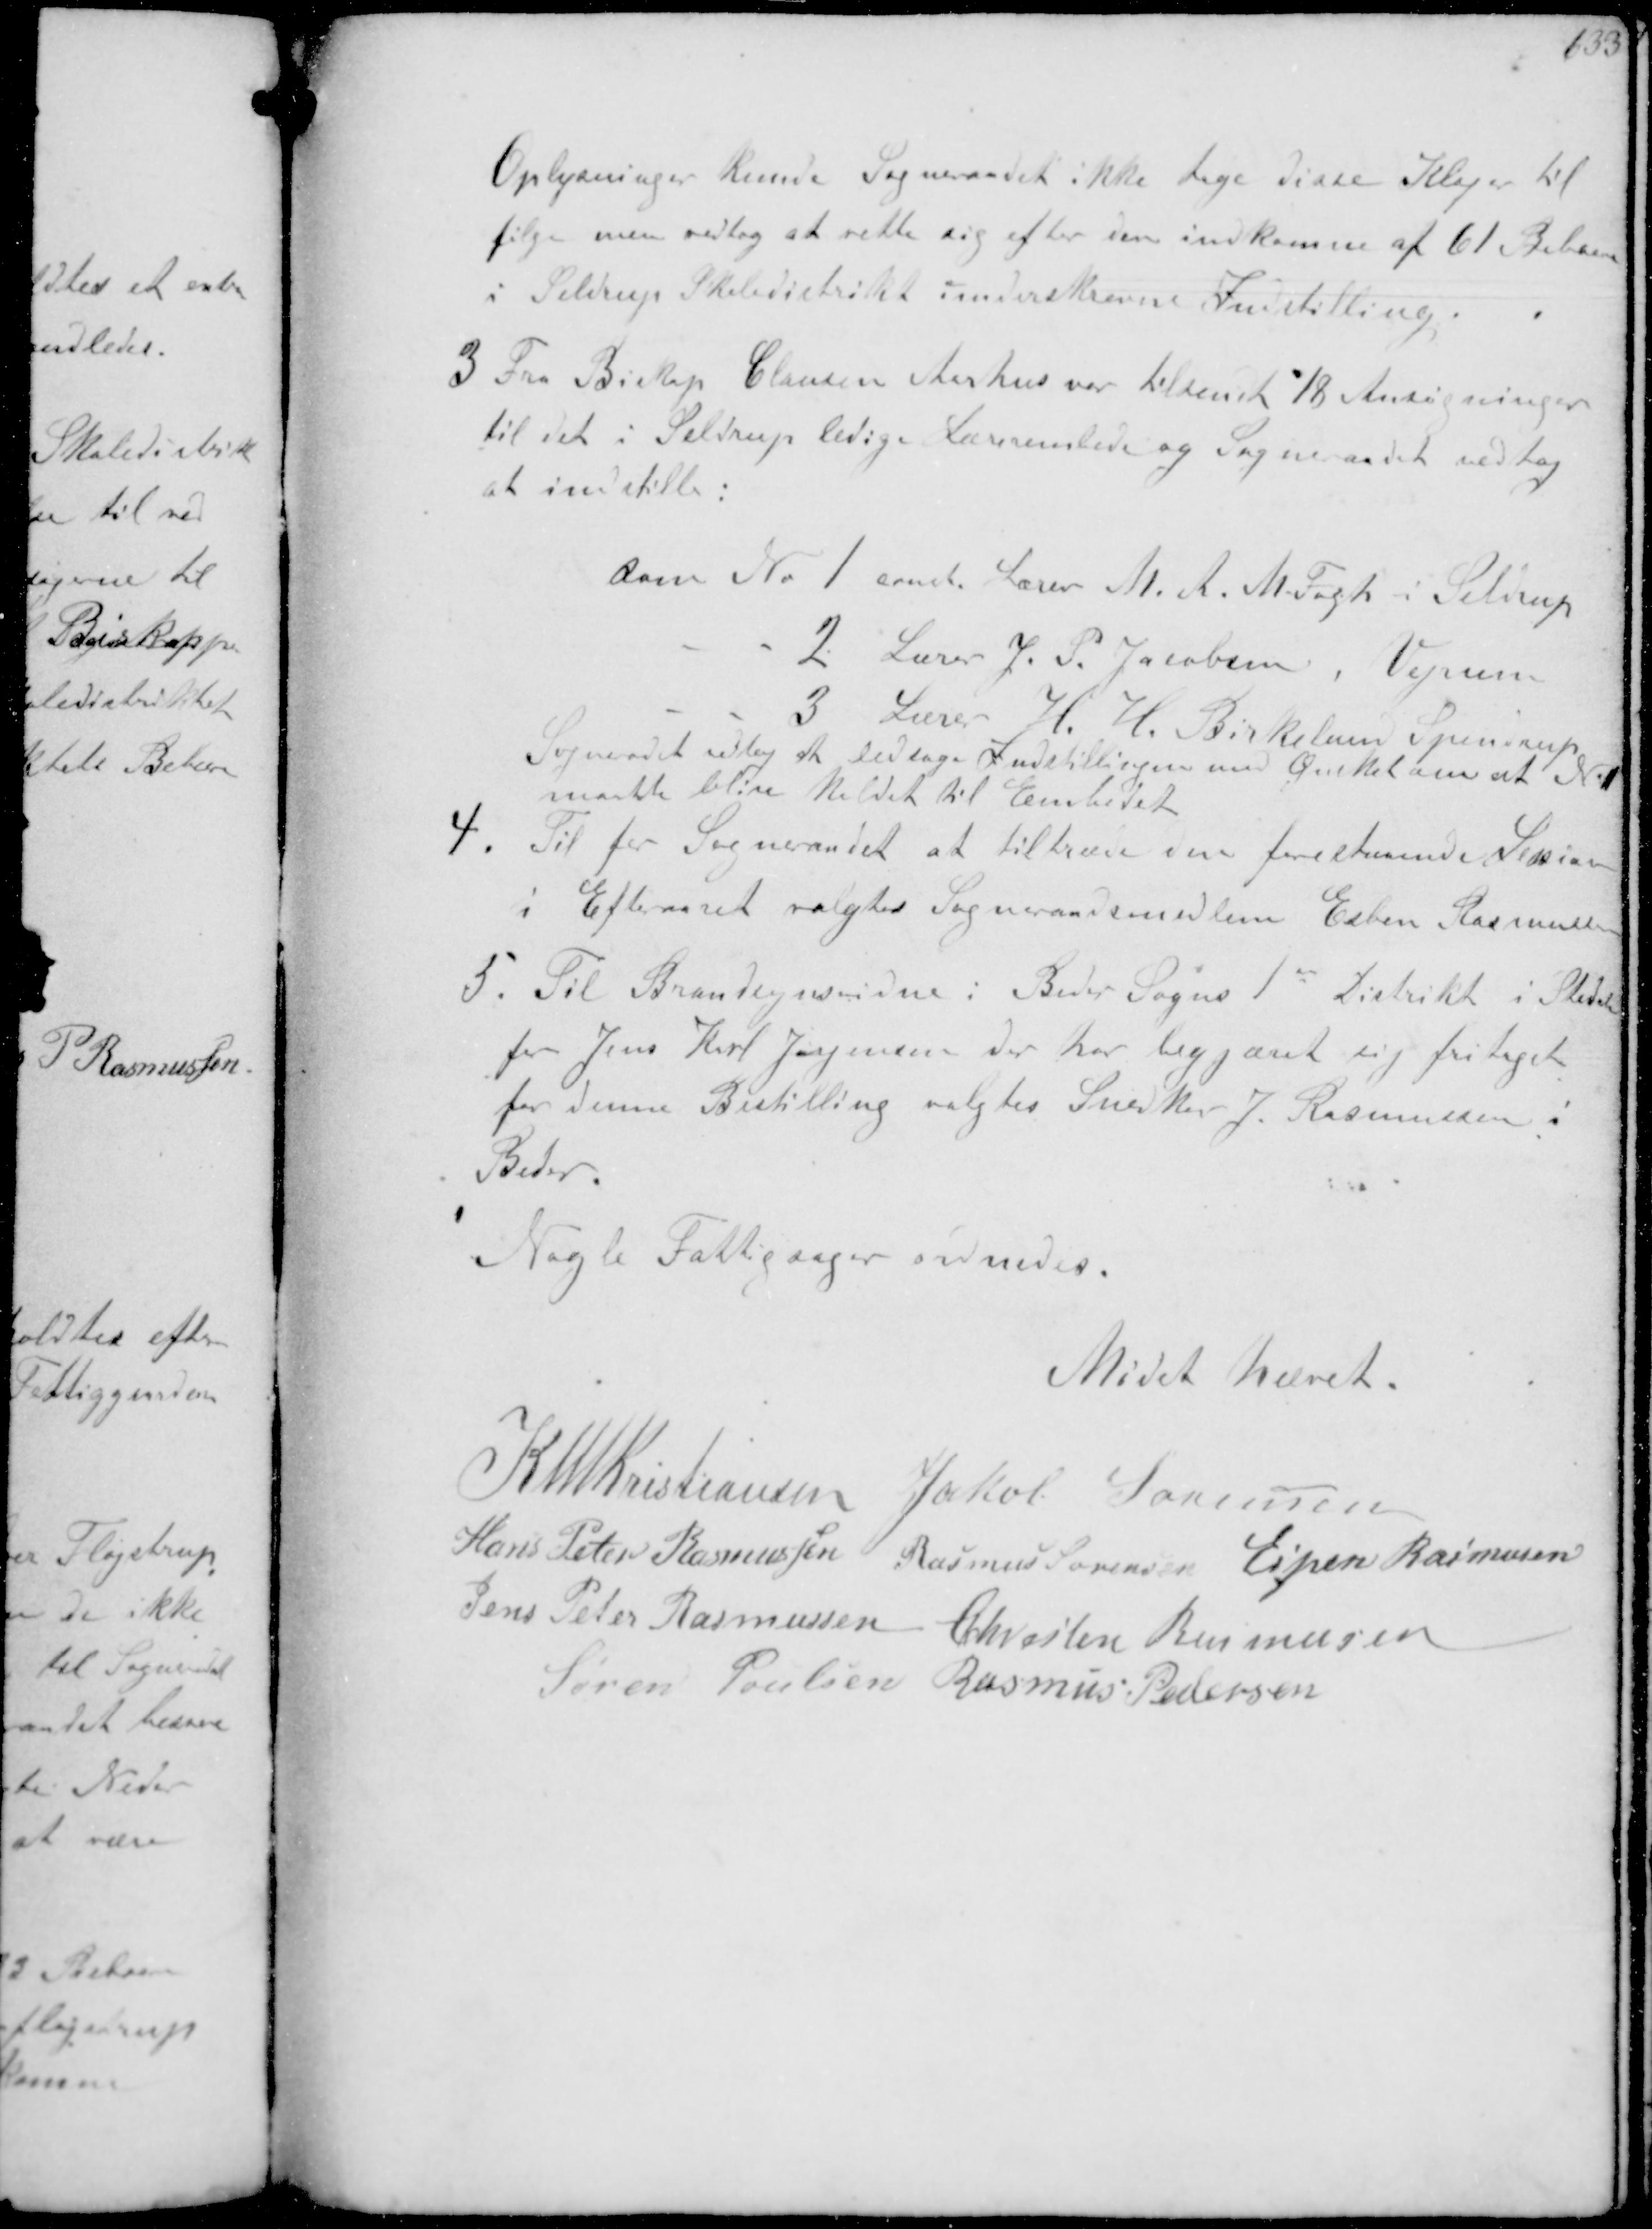
Transskription:
Oplysninger kunde Sogneraadet ikke tage disse Klager til
følge men vedtog at rette sig efter den indkomne af 61 Beboere
i Seldrup Skoledistrikt underskrevne Indstilling.
3. Fra Biskop Clausen Aarhus var tilsendt 18 Ansøgninger
til det i Seldrup ledige Lærerembede og Sogneraadet vedtog
at indstille.
Som No 1 const Lærer M. A. m Fogh i Seldrup
- - 2 Lærer J. P. Jacobsen, Vejen
- - 3 Lærer H. H. Birkelum Spendrup
Sogneradet vedtog at ledsage Indstillingen med Ønskel om at No 1
maatte blive kaldet til Embedet
4. Til for Sogneraadet at tiltræde den forestaaende Session
i Efteraaret valgtes Sogneraadsmedlem Esben Rasmussen
5. Til Brandsynsvidne i Beder Sogns 1st distrikt i Stedet
for Jens Karl Jørgensen der har begjæret sig fritaget
for denne Bestilling valgtes Snedker J Rasmussen i
Beder.
Nogle Fattigsager ordnedes.

Mødet hævet

K N M Kristiansen
Jakob Sørensen
Hans Peter Rasmussen
Rasmus Sørensen Espen Rasmussen
Jens Peter Rasmussen
Chresten Rasmussen
Søren Poulsen Rasmus Pedersen